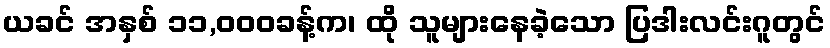
ယခင် အနှစ် ၁၁,၀၀၀ခန့်က၊ ထို သူများနေခဲ့သော ပြဒါးလင်းဂူတွင်